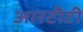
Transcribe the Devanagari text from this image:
आरटीटी